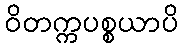
ဝိတက္ကပစ္စယာပိ